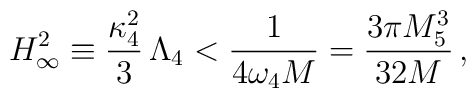
H^2_\infty \equiv \frac{\kappa^2_4}{3}\,\Lambda_4 < \frac{1}{4 \omega_4 M}=\frac{3 \pi M_5^3}{32 M}\,,